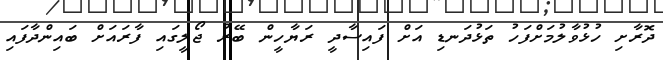
ދޮރާށި ހުޅުވާލުމަށްފަހު ތަޅުދަނޑި އަށް ފައިސާދީ ރަޔާހީން ބޭރު ޖޯލީގައި ފާރައަށް ބައިންދާފައި